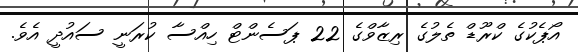
އޯޕެކުގެ ކްރޫޑް ތެލުގެ ރިޒާވްގެ 22 ޕަސެންޓް ހިއްސާ ކުރަނީ ސައުދީ އެވެ.